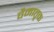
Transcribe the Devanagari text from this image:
वैमातृक